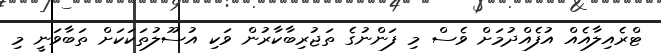
ޓްރެއިލާއެއް އުފެއްދުމަށް ވެސް މި ފަންނުގެ ތަޖުރިބާކާރުން ވަކި އުސޫލުތަކަކަށް ތަބާވަނީ މި